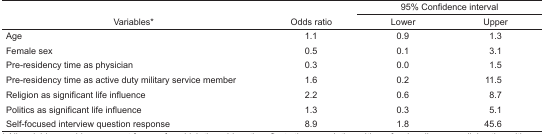
|  |  | <COLSPAN=2> 95% Confidence interval |
 | Variables* | Odds ratio | Lower | Upper |
 | --- | --- | --- | --- |
 | Age | 1.1 | 0.9 | 1.3 |
 | Female sex | 0.5 | 0.1 | 3.1 |
 | Pre-residency time as physician | 0.3 | 0.0 | 1.5 |
 | Pre-residency time as active duty military service member | 1.6 | 0.2 | 11.5 |
 | Religion as significant life influence | 2.2 | 0.6 | 8.7 |
 | Politics as significant life influence | 1.3 | 0.3 | 5.1 |
 | Self-focused interview question response | 8.9 | 1.8 | 45.6 |